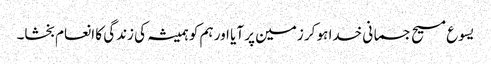
یسوع مسیح جسمانی خدا ہو کر زمین پر آیا اور ہم کو ہمیشہ کی زندگی کا انعام بخشا۔